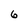
Character: 6